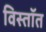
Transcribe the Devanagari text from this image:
विस्तॉत